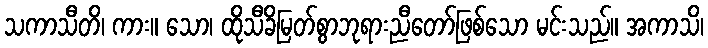
သကာသီတိ၊ ကား။ သော၊ ထိုသီခိမြတ်စွာဘုရားညီတော်ဖြစ်သော မင်းသည်။ အကာသိ၊